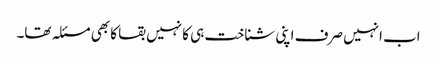
اب انہیں صرف اپنی شناخت ہی کا نہیں بقا کا بھی مسئلہ تھا۔